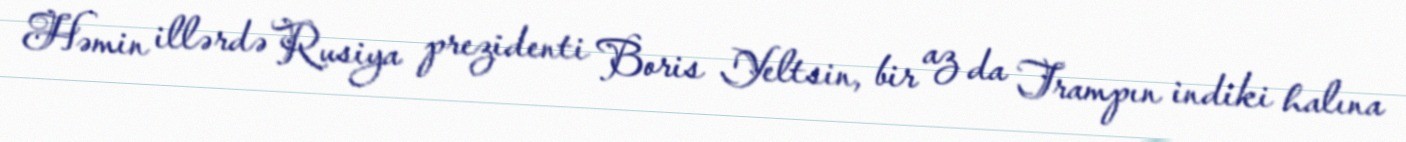
Həmin illərdə Rusiya prezidenti Boris Yeltsin, bir az da Trampın indiki halına